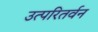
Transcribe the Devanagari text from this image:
उत्परितर्वन